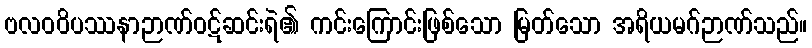
ဗလဝဝိပဿနာဉာဏ်ဝဋ်ဆင်းရဲ၏ ကင်းကြောင်းဖြစ်သော မြတ်သော အရိယမဂ်ဉာဏ်သည်။